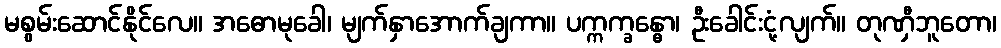
မစွမ်းဆောင်နိုင်လေ။ အဓောမုခေါ၊ မျက်နှာအောက်ချကာ။ ပက္ကက္ခန္ဓော၊ ဦးခေါင်းငုံ့လျက်။ တုဏှီဘူတော၊